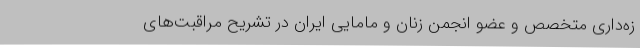
زه‌داری متخصص و عضو انجمن زنان و مامایی ایران در تشریح مراقبت‌های